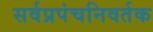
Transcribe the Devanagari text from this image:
सर्वप्रपंचनिवर्तक